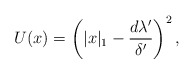
\begin{align*} U(x) = \left(|x|_1 - \frac{d\lambda'}{\delta'}\right)^2,\end{align*}